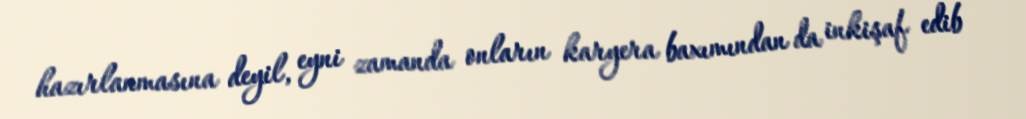
hazırlanmasına deyil, eyni zamanda onların karyera baxımından da inkişaf edib